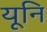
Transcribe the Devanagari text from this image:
यूनि